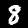
Label: 8